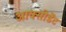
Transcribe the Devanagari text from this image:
आक्सीडेंट